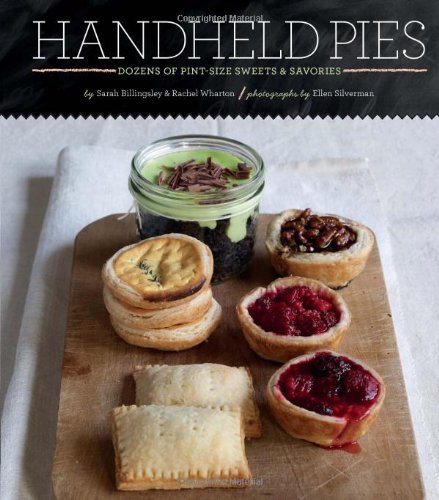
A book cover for Handheld Pies: Dozens of Pint-Size Sweets and Savories; Rachel Wharton; Cookbooks, Food & Wine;